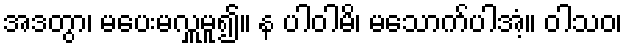
အဒတွာ၊ မပေးမလှူမူ၍။ န ပါဝါမိ၊ မသောက်ပါအံ့။ ဝါသဝ၊